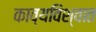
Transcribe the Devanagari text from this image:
काव्यविश्वात